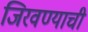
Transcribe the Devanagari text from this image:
जिरवण्याची